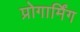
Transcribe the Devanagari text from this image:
प्रोगार्मिंग